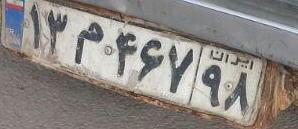
۱۳م۴۶۷۹۸